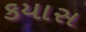
કયાસ